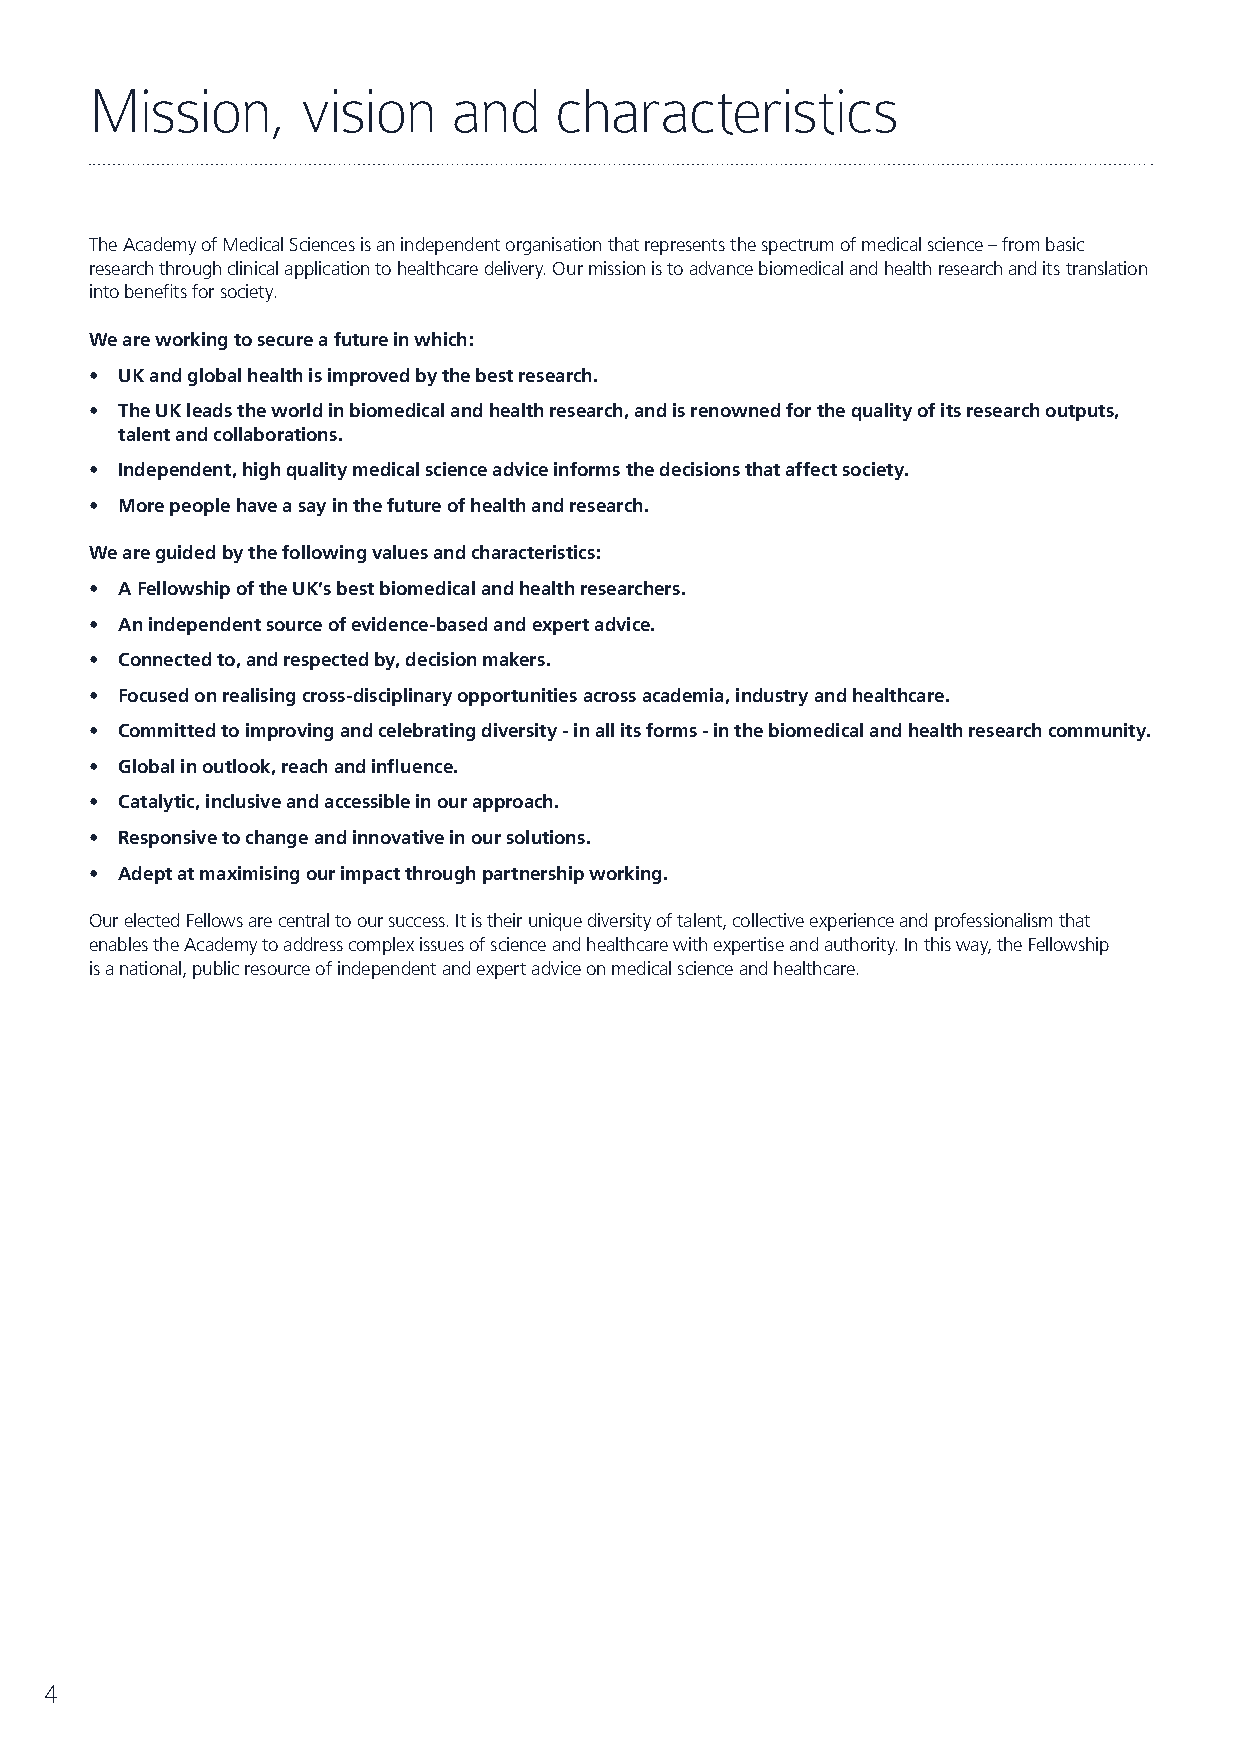
Mission,      vision    and    characteristics
 The Academy of Medical Sciences is an independent organisation that represents the spectrum of medical science – from basic
 research through clinical application to healthcare delivery. Our mission is to advance biomedical and health research and its translation
 into benefits for society.
 We are working to secure a future in which:
 • UK and global health is improved by the best research.
 • The UK leads the world in biomedical and health research, and is renowned for the quality of its research outputs,
 talent and collaborations.
 • Independent, high quality medical science advice informs the decisions that affect society.
 • More people have a say in the future of health and research.
 We are guided by the following values and characteristics:
 • A Fellowship of the UK’s best biomedical and health researchers.
 • An independent source of evidence-based and expert advice.
 • Connected to, and respected by, decision makers.
 • Focused on realising cross-disciplinary opportunities across academia, industry and healthcare.
 • Committed to improving and celebrating diversity - in all its forms - in the biomedical and health research community.
 • Global in outlook, reach and influence.
 • Catalytic, inclusive and accessible in our approach.
 • Responsive to change and innovative in our solutions.
 • Adept at maximising our impact through partnership working.
 Our elected Fellows are central to our success. It is their unique diversity of talent, collective experience and professionalism that
 enables the Academy to address complex issues of science and healthcare with expertise and authority. In this way, the Fellowship
 is a national, public resource of independent and expert advice on medical science and healthcare.
 4